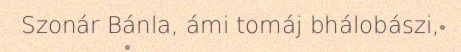
Szonár Bánla, ámi tomáj bhálobászi,